Civil Veterinary Department Bihar reports 1940-50 - 1940-1950
Year: 1940
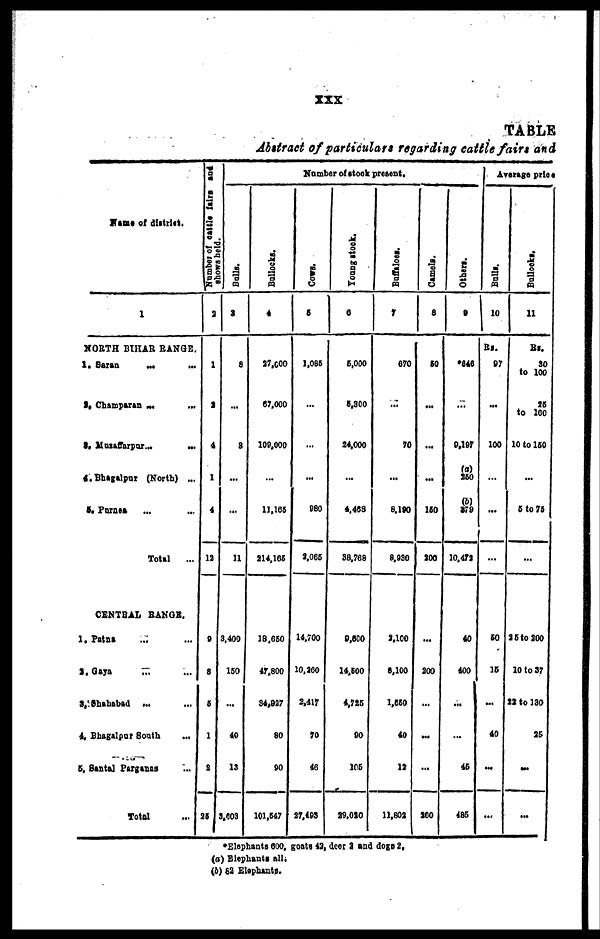
xxx
TABLE
Abstract of particulars regarding cattle fairs and
Fane of district.
1
NORTH BIHAR RANGE.
1. Saran ... ...
2. Champaran ... ...
3. Muzaffarpur ...
...
4.Bhagalpur (North) ...
5. Purnea ... ...
Total
...
CENTRAL RANGE.
1. Patna ... ...
2.Gaya ... ...
3. Shahabad ... ...
4, Bhagalpur South
...
6, Santal Pargants ...
Total ...
Number of cattle fairs and
2
1
2
4
1
4
12
9
8
5
1
2
25
Number of stock present.
Bulls.
3
8
...
8
...
...
11
3,400
150
...
40
13
3,803
Bullocks.
4
27,600
67,000
109,000
...
11,166
214,165
18,660
47,800
34,927
80
90
101,647
Cows,
5
1,086
...
...
...
980
2,065
14,700
10,360
2,417
70
46
27,493
Young stock.
6
6,000
5,300
24,000
...
4,463
38,768
9,800
14,(00
4,725
90
106
29,020
Buffaloes.
7
670
...
70
...
8,190
8,930
3,100
8,100
1,650
40
13
11,802
Camels.
8
50
...
...
...
160
300
...
200
...
...
...
260
Others.
9
646
...
9,197
(a)
360
(b)
10,472
40
400
...
...
45
485
Average price
Balls.
10
Rs.
97
...
100
...
...
...
50
16
...
40
...
...
Bullocks.
11
Rs.
30
to 100
25
to 160
10 to 150
...
5 to 75
...
25 to 200
10 to 37
32 to 130
35
...
...
* Elephants 600. goats 43, deer 3 and dogs 2,
(a) Elephants all.
(6) 62 Elephants.